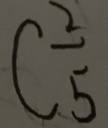
C \frac { 2 } { 5 }